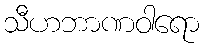
သီဟဘာဏဝါရော